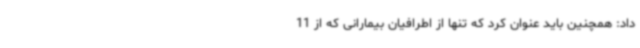
داد: همچنین باید عنوان کرد که تنها از اطرافیان بیمارانی که از 11